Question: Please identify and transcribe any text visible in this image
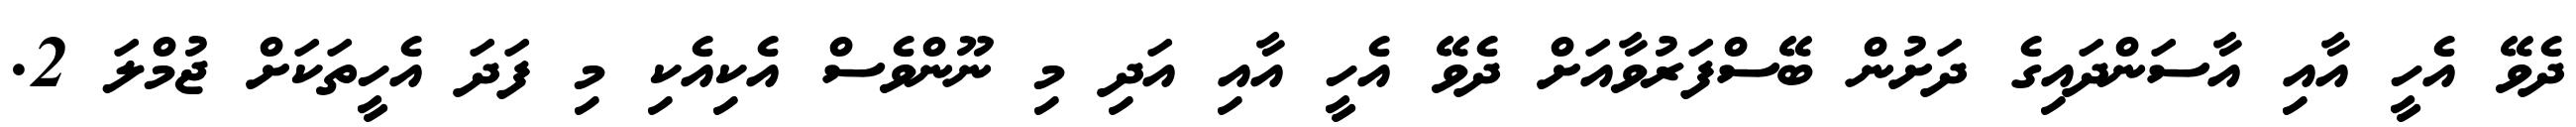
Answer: ދެވޭ އެހީ އާއި އާސަންދައިގެ ދަށުން ބޭސްފަރުވާއަށް ދެވޭ އެހީ އާއި އަދި މި ނޫންވެސް އެކިއެކި މި ފަދަ އެހީތަކަށް ޖުމްލަ 2.